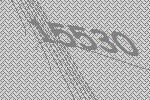
15530